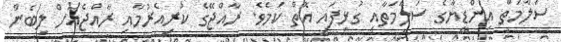
ސަލާމަތް އިންޑިޔާގެ ސަލާމަތާއި ގުޅިފައި އޮތް ކަމެވެ. ރާއްޖޭގެ ކުރިއެރުމާއި ރާއްޖެއަށް ލިބެން